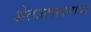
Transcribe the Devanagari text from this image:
शेतउत्पादनाचा